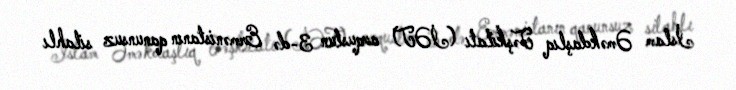
İslam Əməkdaşlıq Təşkilatı (İƏT) avqustun 3-də Ermənistanın qanunsuz silahlı